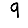
Digit: 9